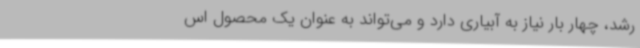
رشد، چهار بار نیاز به آبیاری دارد و می‌تواند به عنوان یک محصول اس